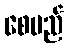
စေမည်